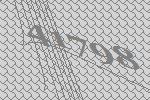
41798